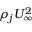
\rho _ { j } U _ { \infty } ^ { 2 }